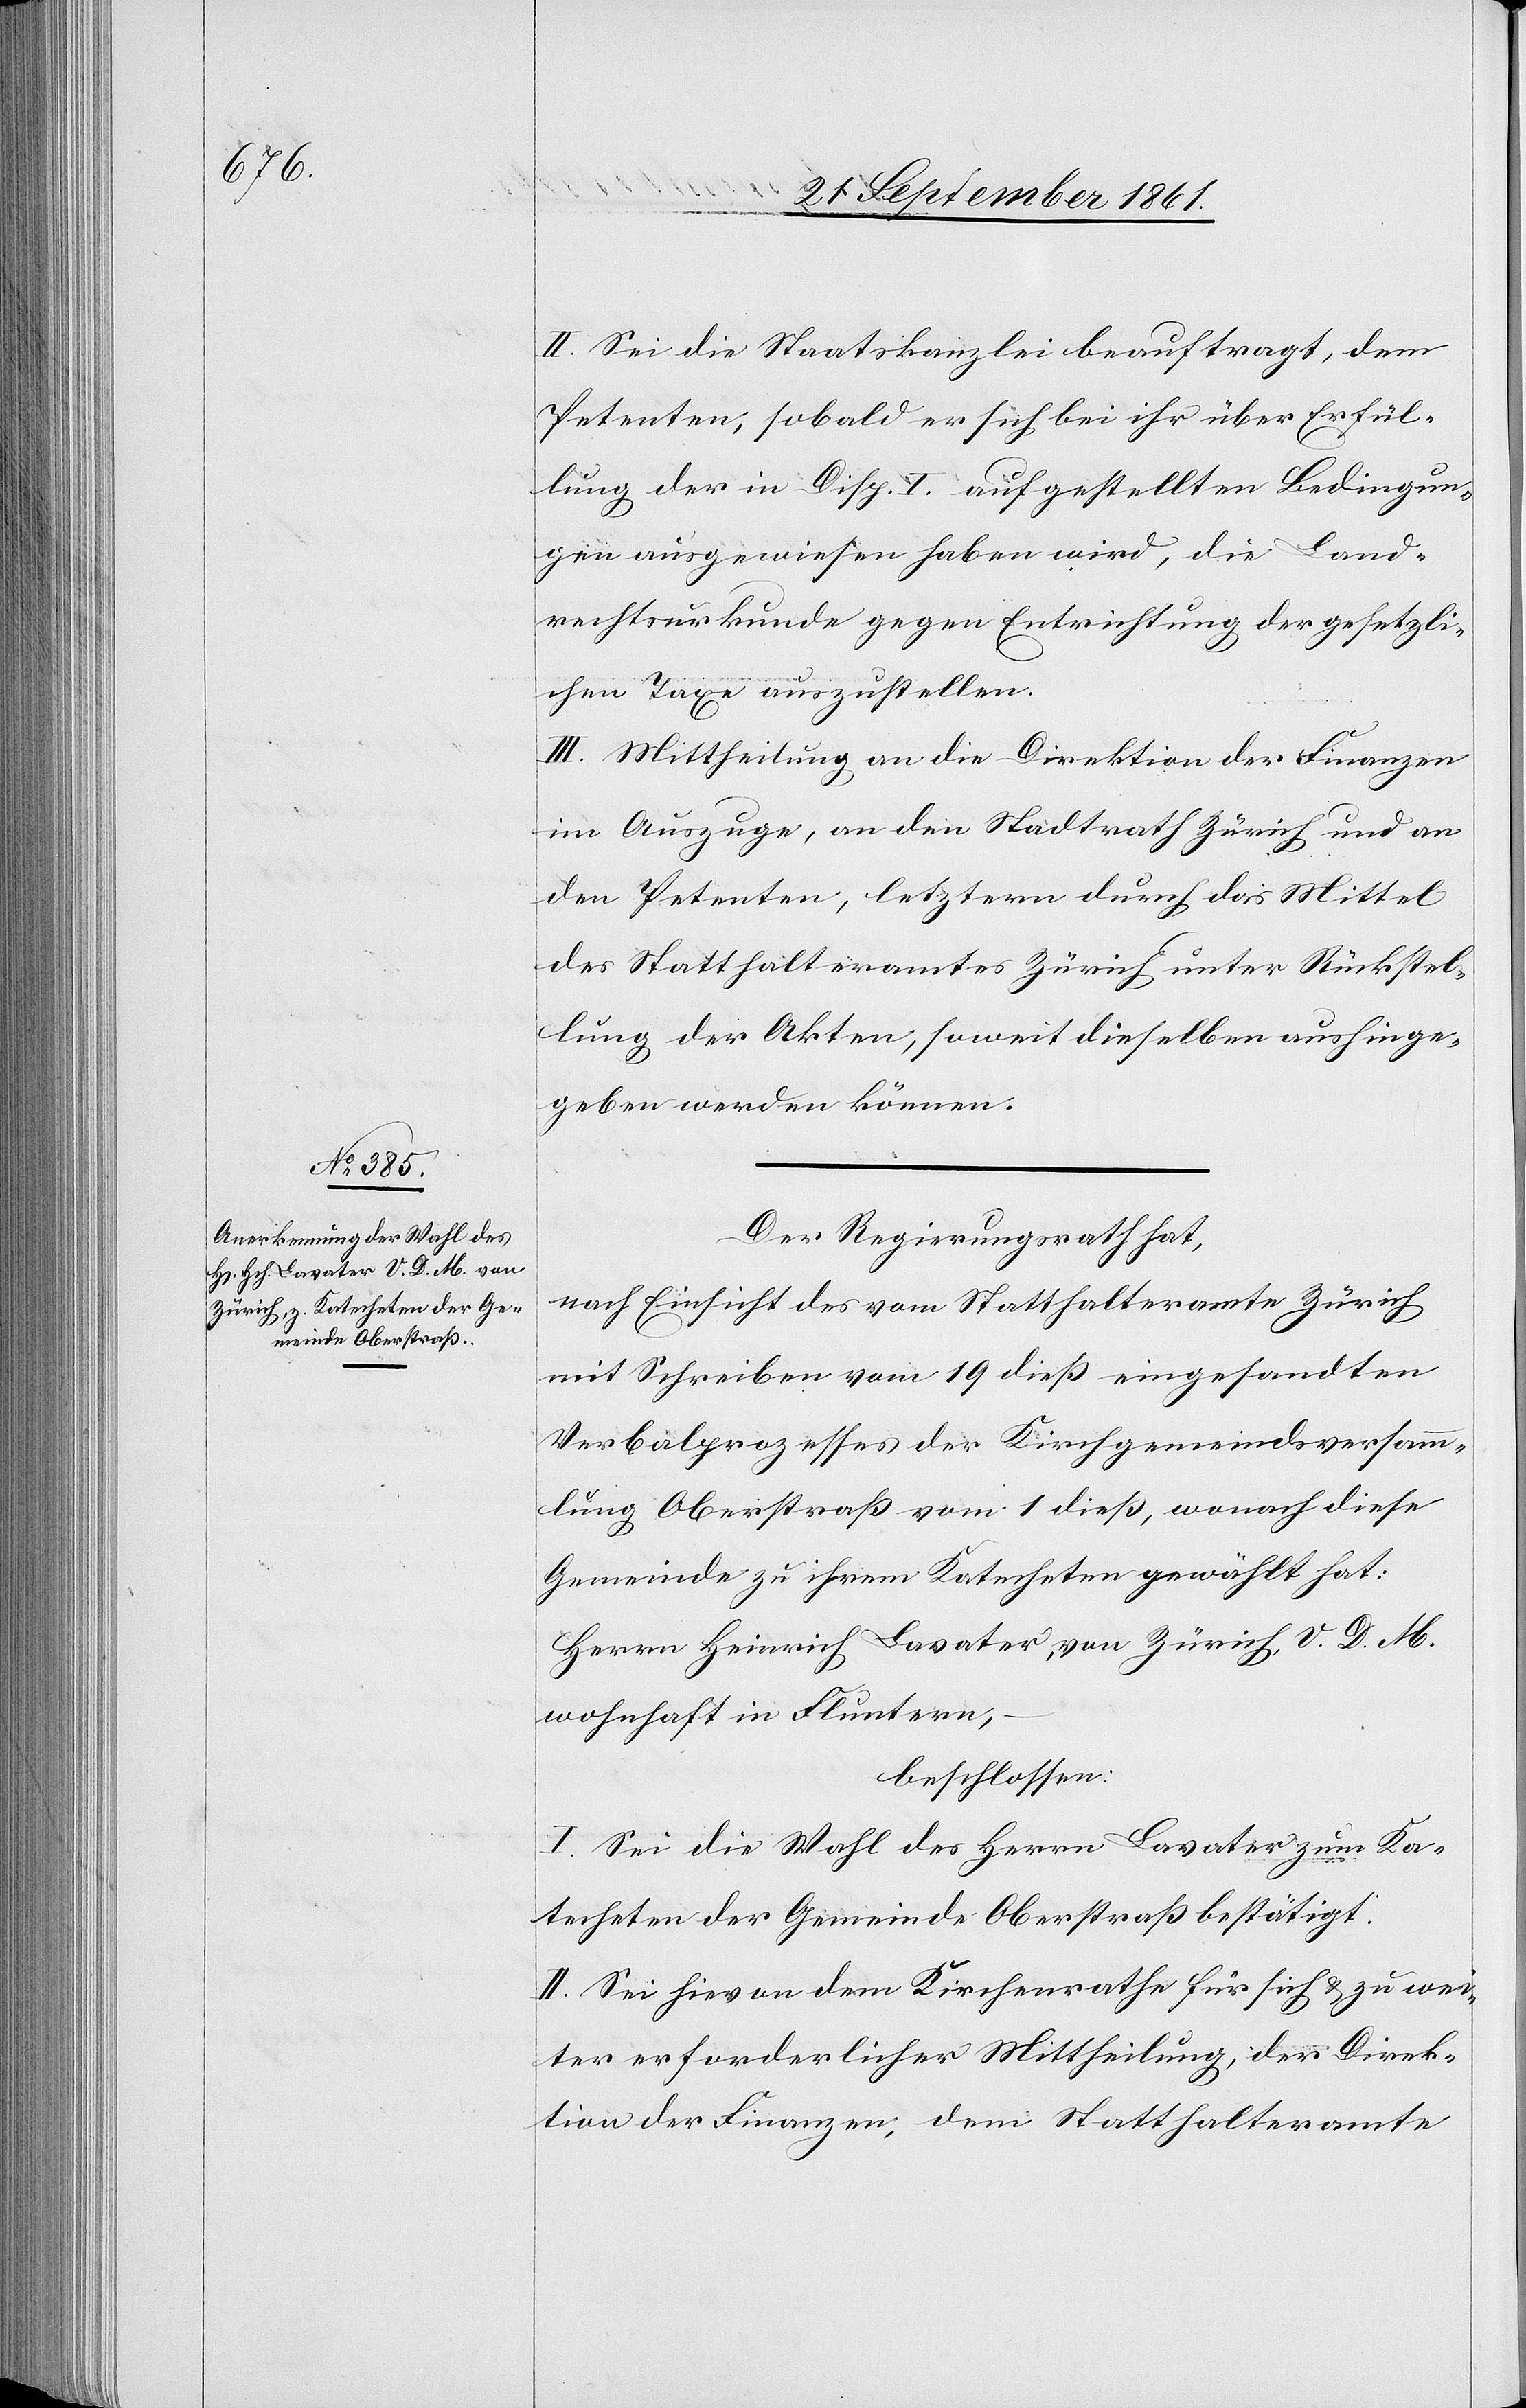
II. Sei die Staatskanzlei beauftragt, dem
Petenten, sobald er sich bei ihr über Erfül¬
lung der in Disp. I aufgestellten Bedingun¬
gen ausgewiesen haben wird, die Land¬
rechtsurkunde gegen Entrichtung der gesetzli¬
chen Taxe auszustellen.
III. Mittheilung an die Direktion der Finanzen
im Auszuge, an den Stadtrath Zürich und an
den Petenten, letztern durch das Mittel
des Statthalteramtes Zürich unter Rückstel¬
lung der Akten, soweit dieselben aushinge¬
geben werden können.
Der Regierungsrath hat,
nach Einsicht des vom Statthalteramte Zürich
mit Schreiben vom 19 dieß eingesandten
Verbalprozesses der Kirchgemeindversamm¬
lung Oberstraß vom 1 dieß, wonach diese
Gemeinde zu ihrem Katecheten gewählt hat:
Herrn Heinrich Lavater, von Zürich, V. D. M.
wohnhaft in Fluntern,
beschlossen:
I. Sei die Wahl des Herrn Lavater zum Ka¬
techeten der Gemeinde Oberstraß bestätigt:
II. Sei hievon dem Kirchenrathe für sich u. zu wei¬
ter erforderlicher Mittheilung, der Direk¬
tion der Finanzen, dem Statthalteramte